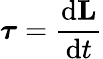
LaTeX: {\boldsymbol{\tau}}={\frac{\mathrm{d}\mathbf{L}}{\mathrm{d}t}}